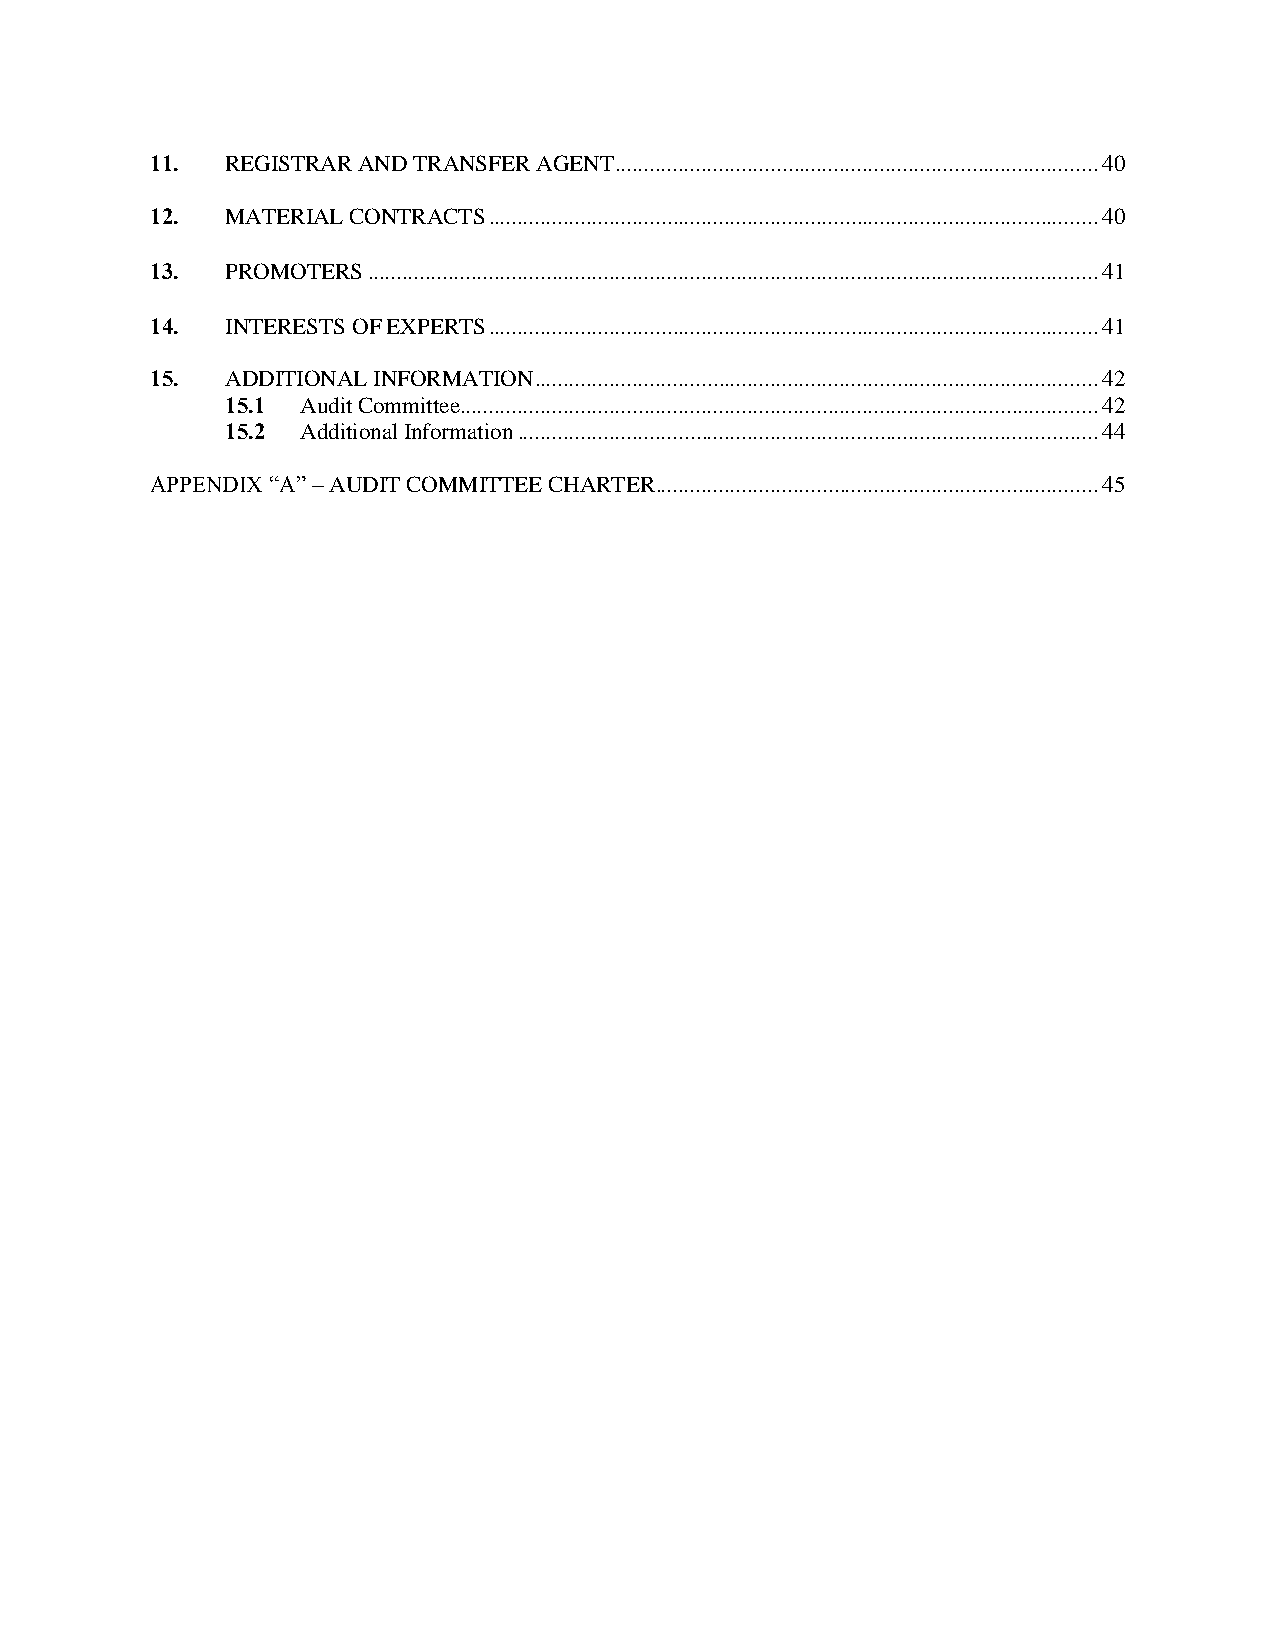
11.  REGISTRAR AND TRANSFER AGENT .................................................................................... 40
 12.  MATERIAL CONTRACTS .......................................................................................................... 40
 13.  PROMOTERS ............................................................................................................................... 41
 14.  INTERESTS OF EXPERTS .......................................................................................................... 41
 15.  ADDITIONAL INFORMATION .................................................................................................. 42
 15.1 Audit Committee ............................................................................................................... 42
 15.2 Additional Information ..................................................................................................... 44
 APPENDIX “A” – AUDIT COMMITTEE CHARTER ............................................................................. 45